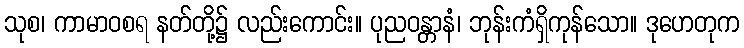
သုစ၊ ကာမာဝစရ နတ်တို့၌ လည်းကောင်း။ ပုညဝန္တာနံ၊ ဘုန်းကံရှိကုန်သော။ ဒုဟေတုက